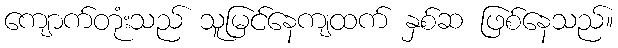
ကျောက်တုံးသည် သူမြင်နေကျထက် နှစ်ဆ ဖြစ်နေသည်။